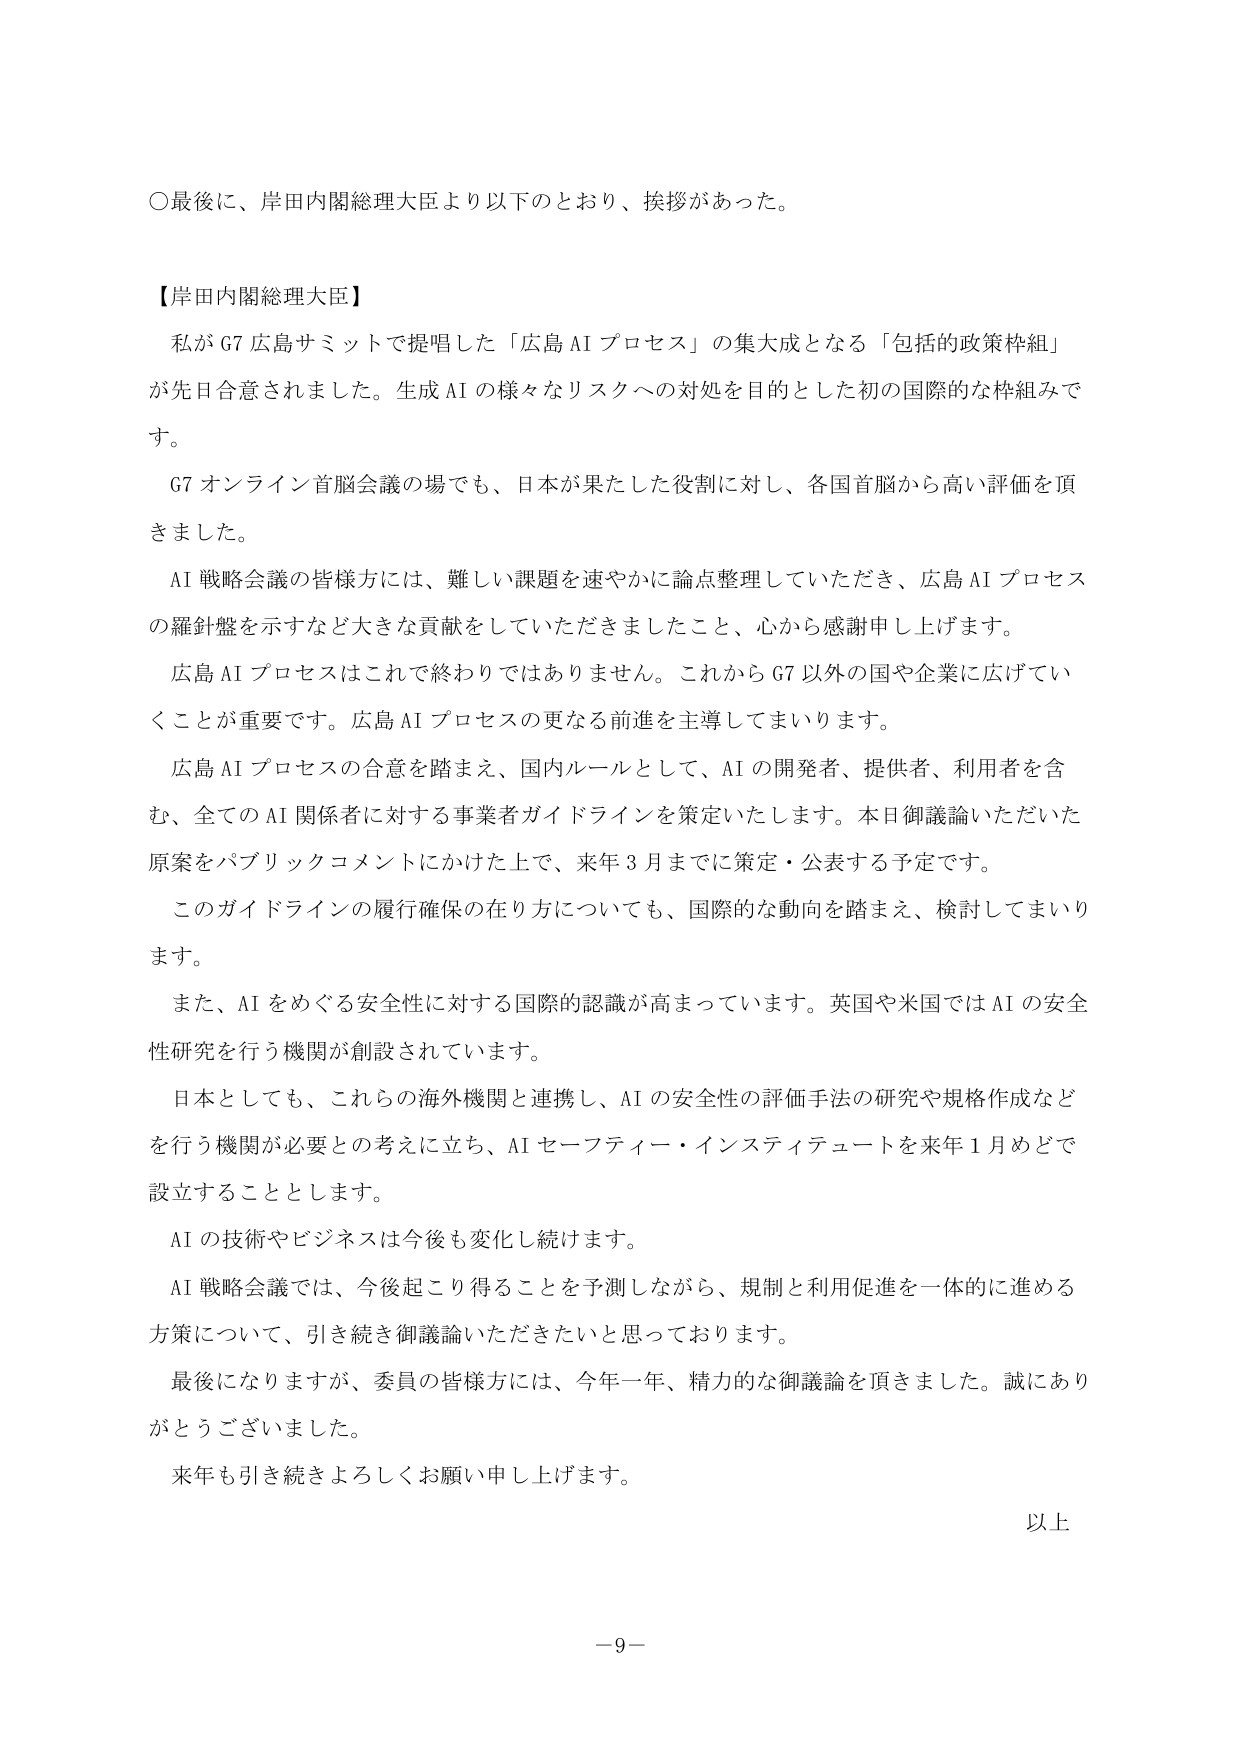
〇最後に、岸田内閣総理大臣より以下のとおり、挨拶があった。

【岸田内閣総理大臣】
私がG7広島サミットで提唱した「広島AIプロセス」の集大成となる「包括的政策枠組」
が先日合意されました。生成AIの様々なリスクへの対処を目的とした初の国際的な枠組みで
す。
G7オンライン首脳会議の場でも、日本が果たした役割に対し、各国首脳から高い評価を頂
きました。
AI戦略会議の皆様方には、難しい課題を速やかに論点整理していただき、広島AIプロセス
の羅針盤を示すなど大きな貢献をしていただきましたこと、心から感謝申し上げます。
広島AIプロセスはこれで終わりではありません。これからG7以外の国や企業に広げてい
くことが重要です。広島AIプロセスの更なる前進を主導してまいります。
広島AIプロセスの合意を踏まえ、国内ルールとして、AIの開発者、提供者、利用者を含
む、全てのAI関係者に対する事業者ガイドラインを策定いたします。本日御議論いただいた
原案をパブリックコメントにかけた上で、来年3月までに策定・公表する予定です。
このガイドラインの履行確保の在り方についても、国際的な動向を踏まえ、検討してまいり
ます。
また、AIをめぐる安全性に対する国際的認識が高まっています。英国や米国ではAIの安全
性研究を行う機関が創設されています。
日本としても、これらの海外機関と連携し、AIの安全性の評価手法の研究や規格作成など
を行う機関が必要との考えに立ち、AIセーフティーアインスティテュートを来年1月めどで
設立することとします。
AIの技術やビジネスは今後も変化し続けます。
AI戦略会議では、今後起こり得ることを予測しながら、規制と利用促進を一体的に進める
方策について、引き続き御議論いただきたいと思っております。
最後になりますが、委員の皆様方には、今年一年、精力的な御議論を頂きました。誠にあり
がとうございました。
来年も引き続きよろしくお願い申し上げます。

以上

－9－